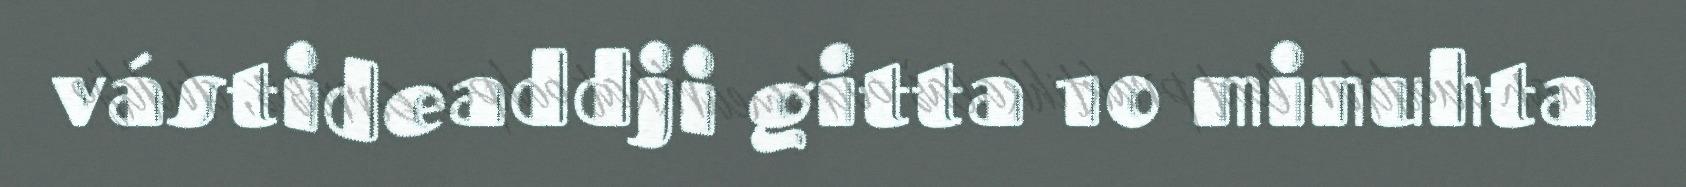
vástideaddji gitta 10 minuhta